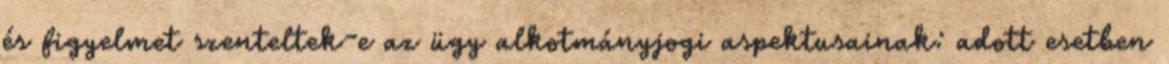
és figyelmet szenteltek-e az ügy alkotmányjogi aspektusainak: adott esetben